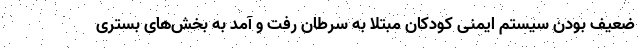
ضعیف بودن سیستم ایمنی کودکان مبتلا به سرطان رفت و آمد به بخش‌های بستری